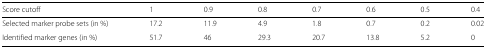
| Score cutoff | 1 | 0.9 | 0.8 | 0.7 | 0.6 | 0.5 | 0.4 |
 | --- | --- | --- | --- | --- | --- | --- | --- |
 | Selected marker probe sets (in %) | 17.2 | 11.9 | 4.9 | 1.8 | 0.7 | 0.2 | 0.02 |
 | Identified marker genes (in %) | 51.7 | 46 | 29.3 | 20.7 | 13.8 | 5.2 | 0 |